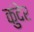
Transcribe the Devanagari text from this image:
कुंदेर